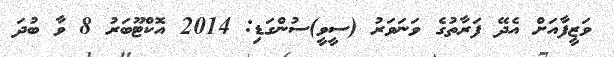
ވަޒީފާއަށް އެދޭ ފަރާތުގެ ވަނަވަރު (ސީވީ)ސުންގަޑި: 2014 އޮކްޓޫބަރު 8 ވާ ބުދަ